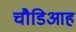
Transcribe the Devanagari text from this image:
चौडिआह